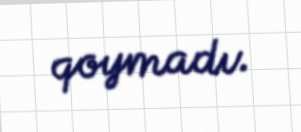
qoymadı.